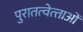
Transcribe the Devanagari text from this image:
पुरातत्‍वेत्‍ताओं